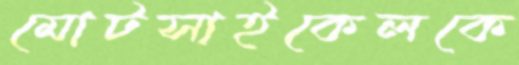
মোটসাইকেলকে